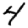
Digit: 4